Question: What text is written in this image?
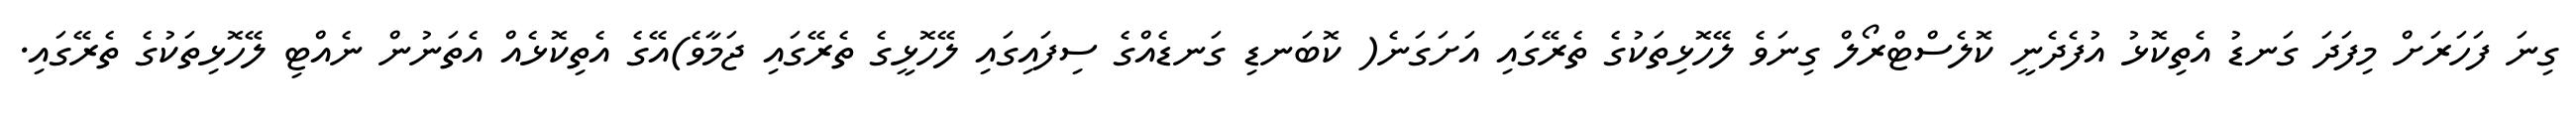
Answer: ގިނަ ފަހަރަށް މިފަދަ ގަނޑު އެތިކޮޅު އުފެދެނީ ކޮލެސްޓްރޯލް ގިނަވެ ލޭހޮޅިތަކުގެ ތެރޭގައި އަށަގަނެ( ކޮބަނޑި ގަނޑެއްގެ ސިފައިގައި ލޭހޮޅީގެ ތެރޭގައި ޖަމާވެ)އޭގެ އެތިކޮޅެއް އެތަނުން ނެއްޓި ލޭހޮޅިތަކުގެ ތެރޭގައި.